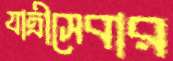
যাত্রীসেবার